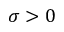
\sigma > 0